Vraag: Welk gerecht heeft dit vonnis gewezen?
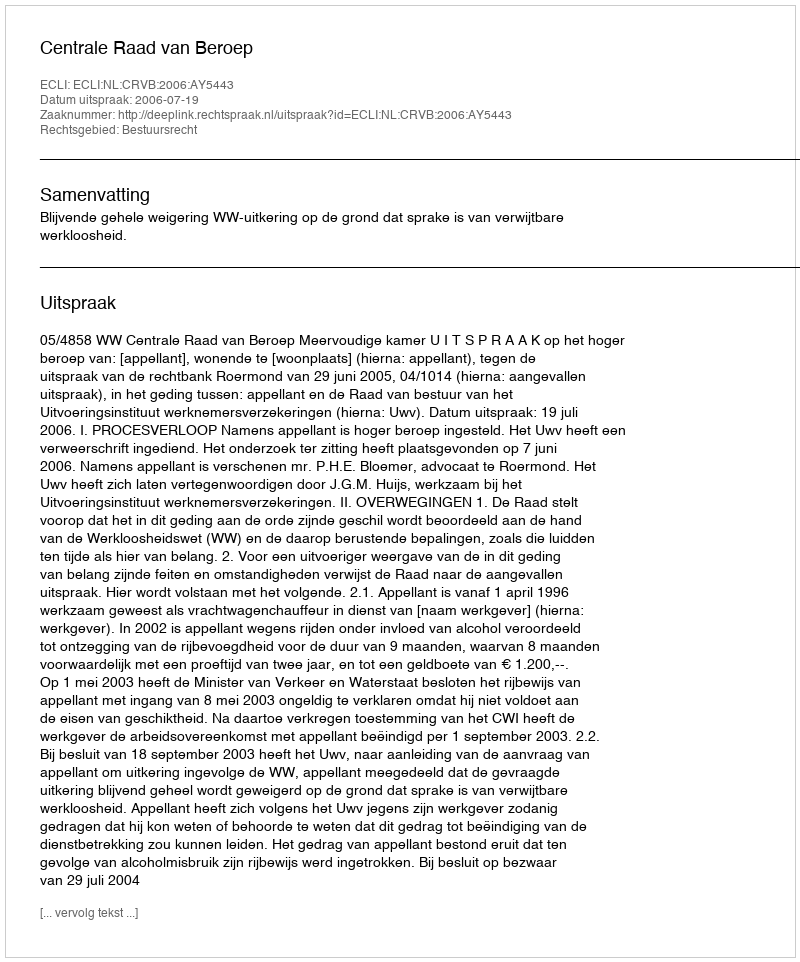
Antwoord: Centrale Raad van Beroep